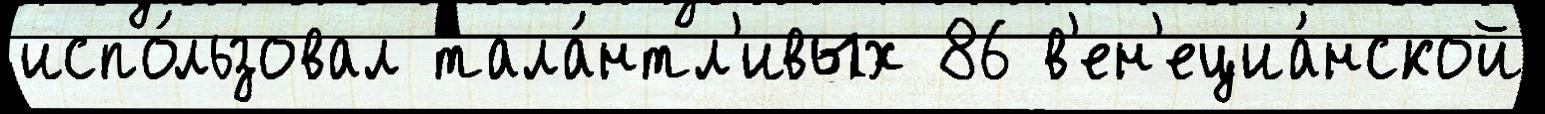
испо́льзовал тала́нтл'ивых 86 в'ен'ециа́нской